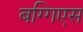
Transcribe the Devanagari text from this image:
बग्गिएस